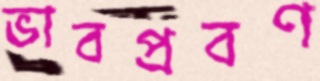
ভাবপ্রবণ